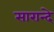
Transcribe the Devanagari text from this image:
सारान्दे